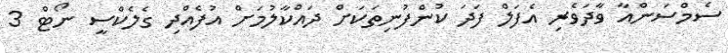
ސެމްސަންއާ ވާދަވެރި އެފަލް ފަދަ ކުންފުނިތަކަށް ދައްކާލުމަށް އުފެއްދި ގެލެކްސީ ނޯޓް 3